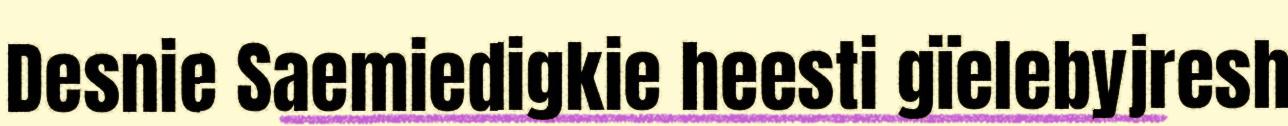
Desnie Saemiedigkie heesti gïelebyjresh